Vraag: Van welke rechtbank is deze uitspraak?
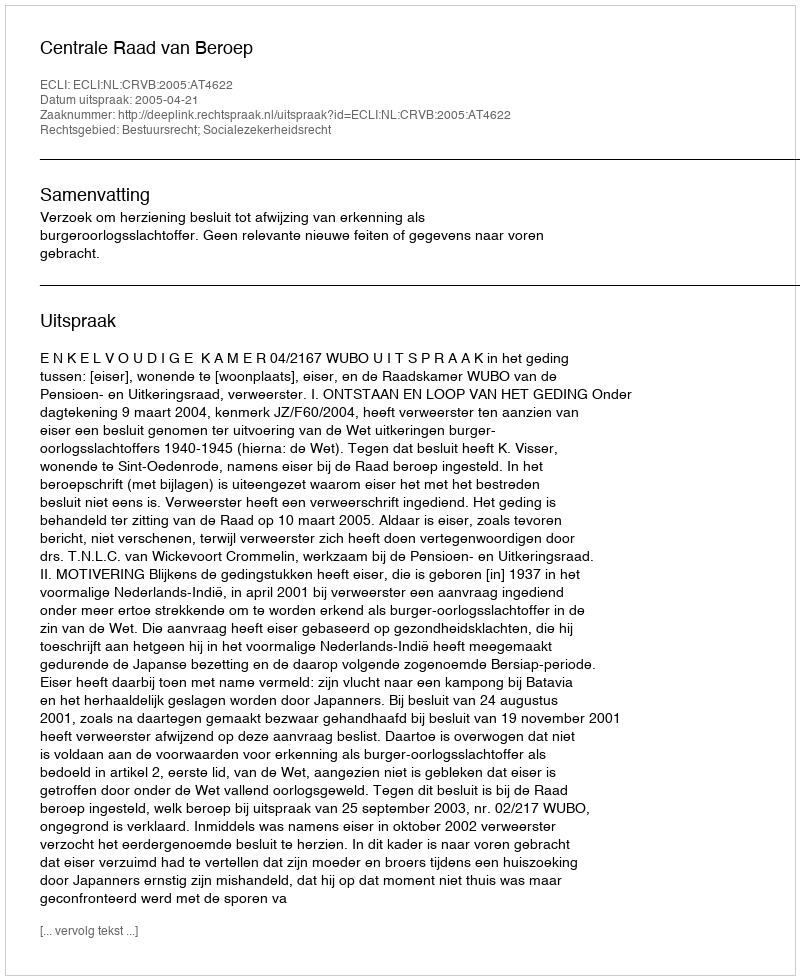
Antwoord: Centrale Raad van Beroep